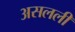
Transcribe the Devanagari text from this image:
असलली